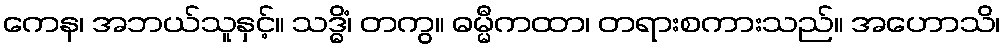
ကေန၊ အဘယ်သူနှင့်။ သဒ္ဓိံ၊ တကွ။ ဓမ္မီကထာ၊ တရားစကားသည်။ အဟောသိ၊